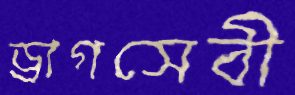
ড্রাগসেবী